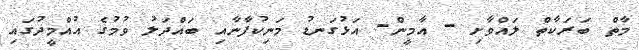
މާތް ބަރަކާތް ލައްވާށި - އާމީން- އަޅުގަނޑު މަނިކުފާނާއި ބައްދަލު ވުމުގެ އުއްމީދުގައި